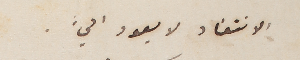
الانتقاد لا يعود اليَّ